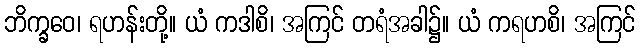
ဘိက္ခဝေ၊ ရဟန်းတို့။ ယံ ကဒါစိ၊ အကြင် တရံအခါ၌။ ယံ ကရဟစိ၊ အကြင်